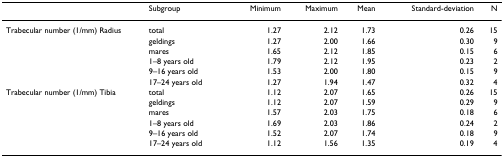
<table><thead><tr><td></td><td><b>Subgroup</b></td><td><b>Minimum</b></td><td><b>Maximum</b></td><td><b>Mean</b></td><td><b>Standard-deviation</b></td><td><b>N</b></td></tr></thead><tbody><tr><td>Trabecular number (1/mm) Radius</td><td>total</td><td>1.27</td><td>2.12</td><td>1.73</td><td>0.26</td><td>15</td></tr><tr><td></td><td>geldings</td><td>1.27</td><td>2.00</td><td>1.66</td><td>0.30</td><td>9</td></tr><tr><td></td><td>mares</td><td>1.65</td><td>2.12</td><td>1.85</td><td>0.15</td><td>6</td></tr><tr><td></td><td>1–8 years old</td><td>1.79</td><td>2.12</td><td>1.95</td><td>0.23</td><td>2</td></tr><tr><td></td><td>9–16 years old</td><td>1.53</td><td>2.00</td><td>1.80</td><td>0.15</td><td>9</td></tr><tr><td></td><td>17–24 years old</td><td>1.27</td><td>1.94</td><td>1.47</td><td>0.32</td><td>4</td></tr><tr><td>Trabecular number (1/mm) Tibia</td><td>total</td><td>1.12</td><td>2.07</td><td>1.65</td><td>0.26</td><td>15</td></tr><tr><td></td><td>geldings</td><td>1.12</td><td>2.07</td><td>1.59</td><td>0.29</td><td>9</td></tr><tr><td></td><td>mares</td><td>1.57</td><td>2.03</td><td>1.75</td><td>0.18</td><td>6</td></tr><tr><td></td><td>1–8 years old</td><td>1.69</td><td>2.03</td><td>1.86</td><td>0.24</td><td>2</td></tr><tr><td></td><td>9–16 years old</td><td>1.52</td><td>2.07</td><td>1.74</td><td>0.18</td><td>9</td></tr><tr><td></td><td>17–24 years old</td><td>1.12</td><td>1.56</td><td>1.35</td><td>0.19</td><td>4</td></tr></tbody></table>